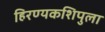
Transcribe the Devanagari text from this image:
हिरण्यकशिपुला